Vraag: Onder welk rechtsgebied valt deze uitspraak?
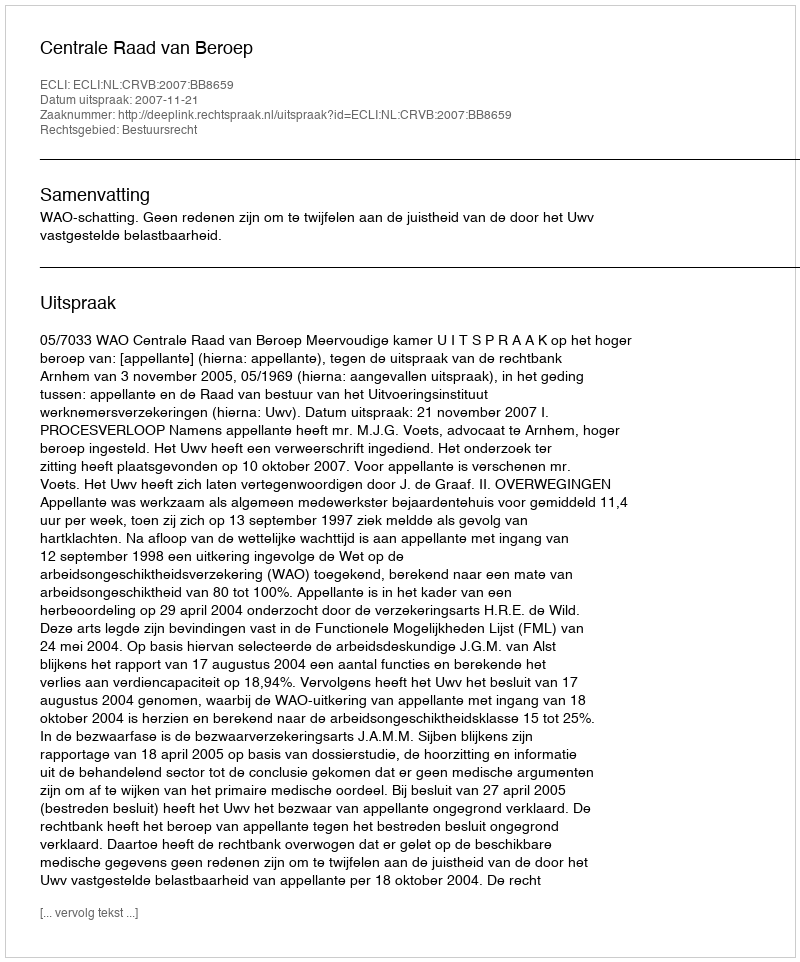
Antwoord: Bestuursrecht